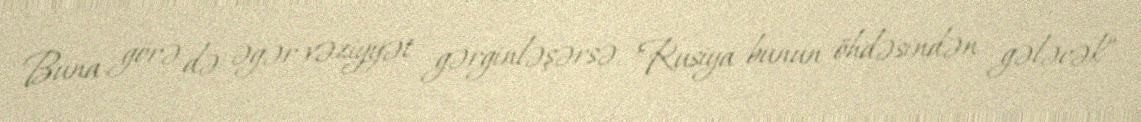
Buna görə də əgər vəziyyət gərginləşərsə, "Rusiya bunun öhdəsindən gələcək”